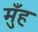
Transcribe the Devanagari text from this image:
मुँंह